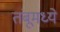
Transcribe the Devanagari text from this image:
तंबूमध्ये